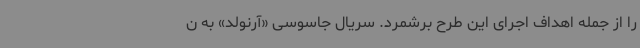
را از جمله اهداف اجرای این طرح برشمرد. سریال جاسوسی «آرنولد» به ن